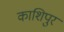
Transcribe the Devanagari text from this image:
काशिपुर